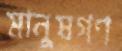
মানুষগণ